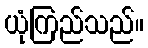
ယုံကြည်သည်။